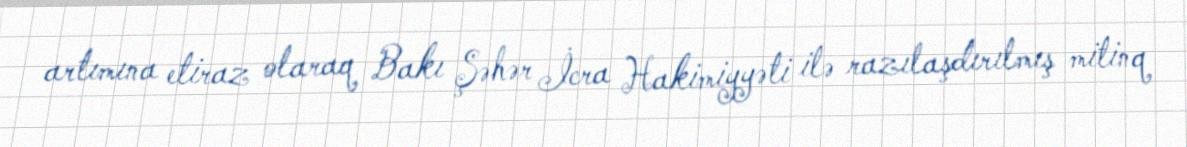
artımına etiraz olaraq Bakı Şəhər İcra Hakimiyyəti ilə razılaşdırılmış mitinq